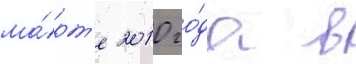
ма́рт'е 2010 го́да в